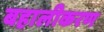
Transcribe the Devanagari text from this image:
बहालीकरण